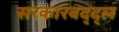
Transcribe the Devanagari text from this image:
सरकारबद्द्ल